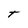
Character: T